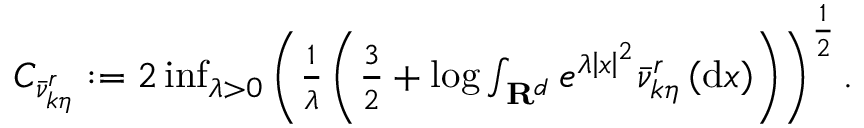
\begin{array} { r } { C _ { \Bar { \nu } _ { k \eta } ^ { r } } : = 2 \operatorname* { i n f } _ { \lambda > 0 } \left( \frac { 1 } { \lambda } \left( \frac { 3 } { 2 } + \log \int _ { \mathbf { R } ^ { d } } e ^ { \lambda \left| x \right| ^ { 2 } } \Bar { \nu } _ { k \eta } ^ { r } \left( \mathrm { d } x \right) \right) \right) ^ { \frac { 1 } { 2 } } . } \end{array}